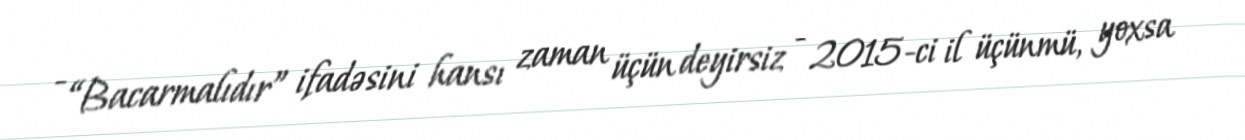
- “Bacarmalıdır” ifadəsini hansı zaman üçün deyirsiz - 2015-ci il üçünmü, yoxsa